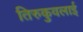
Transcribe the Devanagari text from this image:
तिरुकुवलाई